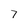
Character: 7